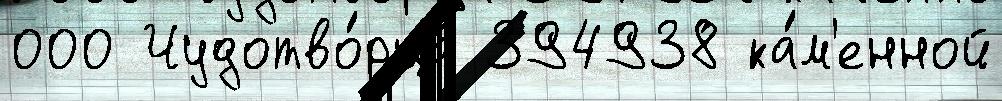
000 Чудотво́рца 394938 ка́м'енной